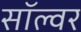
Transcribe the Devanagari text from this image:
सॉल्वर